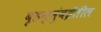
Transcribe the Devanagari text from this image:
बृहन्मुंबईतील